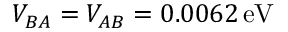
V _ { B A } = V _ { A B } = 0 . 0 0 6 2 \, \mathrm { e V }